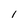
Character: 1